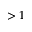
> 1